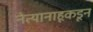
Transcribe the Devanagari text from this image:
नेत्यानाहूकडून